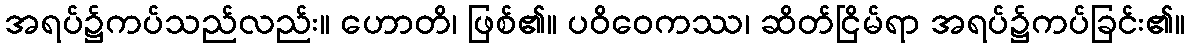
အရပ်၌ကပ်သည်လည်း။ ဟောတိ၊ ဖြစ်၏။ ပဝိဝေကဿ၊ ဆိတ်ငြိမ်ရာ အရပ်၌ကပ်ခြင်း၏။